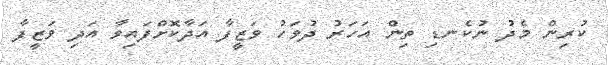
ކުރިން މެދު ނުކެނޑި ތިން އަހަރު ދުވަހު ވަޒީފާ އަދާކޮށްފައިވާ އަދި ވަޒީފާ